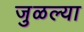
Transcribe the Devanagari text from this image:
जुळल्या